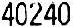
40240